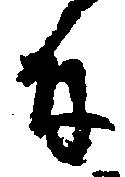
付